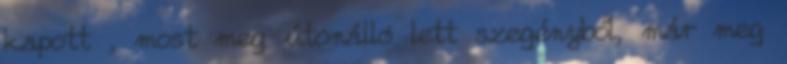
kapott , most meg útonálló lett szegényből, már meg